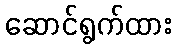
ဆောင်ရွက်ထား